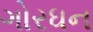
ગોરધન